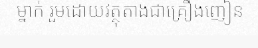
ម្នាក់ រួមដោយវត្ថុតាងជាគ្រឿងញៀន